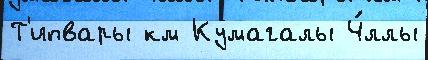
Т'ипвары км Кумагалы Ч́ллы